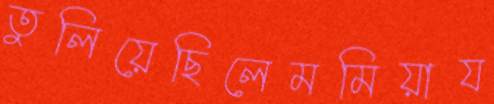
তুলিয়েছিলেমমিয়ায